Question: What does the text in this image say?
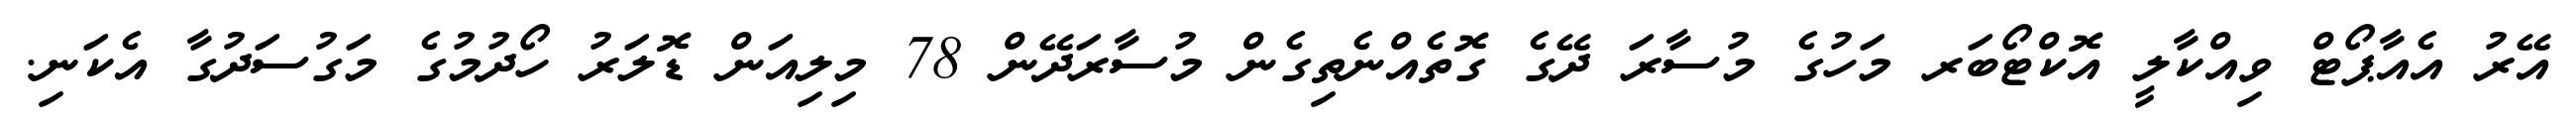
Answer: އޭރު އެއާޕޯޓް ވިއްކާލީ އޮކްޓޯބަރ މަހުގެ މުސާރަ ދޭގެ ގޮތެއްނެތިގެން މުސާރަދޭން 78 މިލިއަން ޑޮލަރު ހޯދުމުގެ މަގުސަދުގާ އެކަނި.